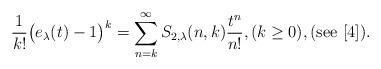
LaTeX: \begin{align*}\frac{1}{k!}\big(e_{\lambda}(t)-1\big)^{k}=\sum_{n=k}^{\infty}S_{2,\lambda}(n,k)\frac{t^{n}}{n!},(k\ge 0),(\mathrm{see}\ [4]). \end{align*}